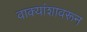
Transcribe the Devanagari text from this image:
वाक्यांशावरून